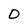
Character: O